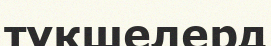
түкшелерд